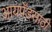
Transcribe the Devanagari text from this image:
आयपॅडसाठी